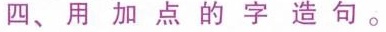
四、用加点的字造句。